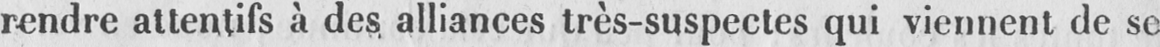
rendre attentifs à des alliances très-suspectes qui viennent de se